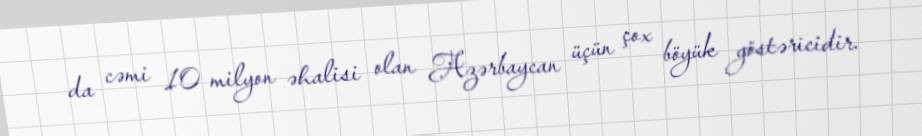
da cəmi 10 milyon əhalisi olan Azərbaycan üçün çox böyük göstəricidir.